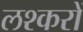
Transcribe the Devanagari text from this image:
लश्करों